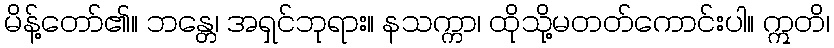
မိန့်တော်၏။ ဘန္တေ၊ အရှင်ဘုရား။ နသက္ကာ၊ ထိုသို့မတတ်ကောင်းပါ။ ဣတိ၊